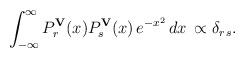
LaTeX: \begin{align*}\int_{-\infty}^\infty P_r^{\bf V}(x)P_s^{\bf V}(x)\,e^{-x^2}\,dx\, \propto\delta_{r\,s}.\end{align*}